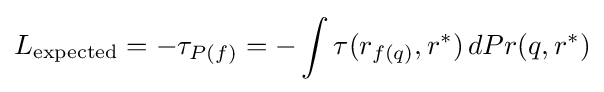
L_{\text{expected}}=-\tau _{P(f)}=-\int \tau (r_{f(q)},r^{*})\,dPr(q,r^{*})